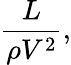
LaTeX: {\frac{L}{\rho V^{2}}},